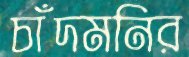
চাঁদমনির